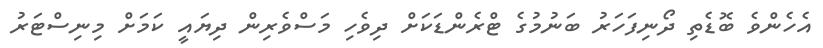
އެހެންވެ ބޮޑެތި ދޯނިފަހަރު ބަނުމުގެ ޓްރެންޑަކަށް ދިވެހި މަސްވެރިން ދިޔައީ ކަމަށް މިނިސްޓަރު